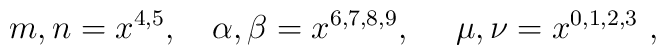
m,n = x^{4,5}, ~~~ \alpha, \beta = x^{6,7,8,9}, ~~~~ \mu, \nu =x^{0,1,2,3} \ ,